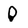
Character: Q